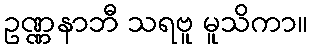
ဥဏ္ဏနာဘီ သရဗူ မူသိကာ။